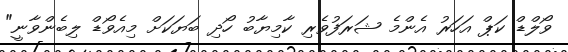
ވޯލްޑް ކަޕް އަހަރު އެންމެ ޝަރަފުވެރި ކާމިޔާބު ހޯދި ބަޔަކަށް މިއެވޯޑް ލިބެންވާނީ"